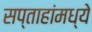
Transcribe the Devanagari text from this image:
सप्ताहांमध्ये